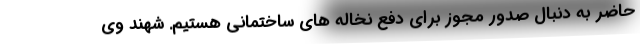
حاضر به دنبال صدور مجوز برای دفع نخاله های ساختمانی هستیم. شهند وی